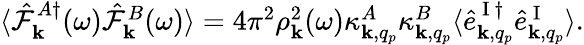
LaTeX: \begin{array}{r}{\langle\hat{\mathcal{F}}_{{\mathbf k}}^{A\dagger}(\omega)\hat{\mathcal{F}}_{{\mathbf k}}^{B}(\omega)\rangle=4\pi^{2}\rho_{{\mathbf k}}^{2}(\omega)\kappa_{{\mathbf k},q_{p}}^{A}\kappa_{{\mathbf k},q_{p}}^{B}\langle\hat{e}_{{\mathbf k},q_{p}}^{\mathrm{~I~}\dagger}\hat{e}_{{\mathbf k},q_{p}}^{\mathrm{~I~}}\rangle.}\end{array}